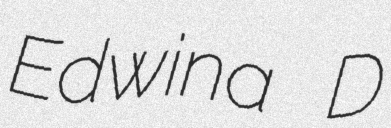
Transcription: Edwina D